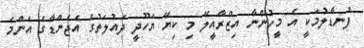
ފުނޑާލުމަކީ އެ މީހުންނާ އިޒްރާއީލޭ މި ކިޔޭ ޔަހޫދީ ދައުލަތުގެ އެޖެންޑާގެ އެންމެ